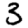
Digit: 3